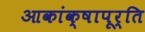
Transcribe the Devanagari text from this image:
आकांक्षापूर्ति